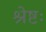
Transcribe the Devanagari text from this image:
श्रेष्टः